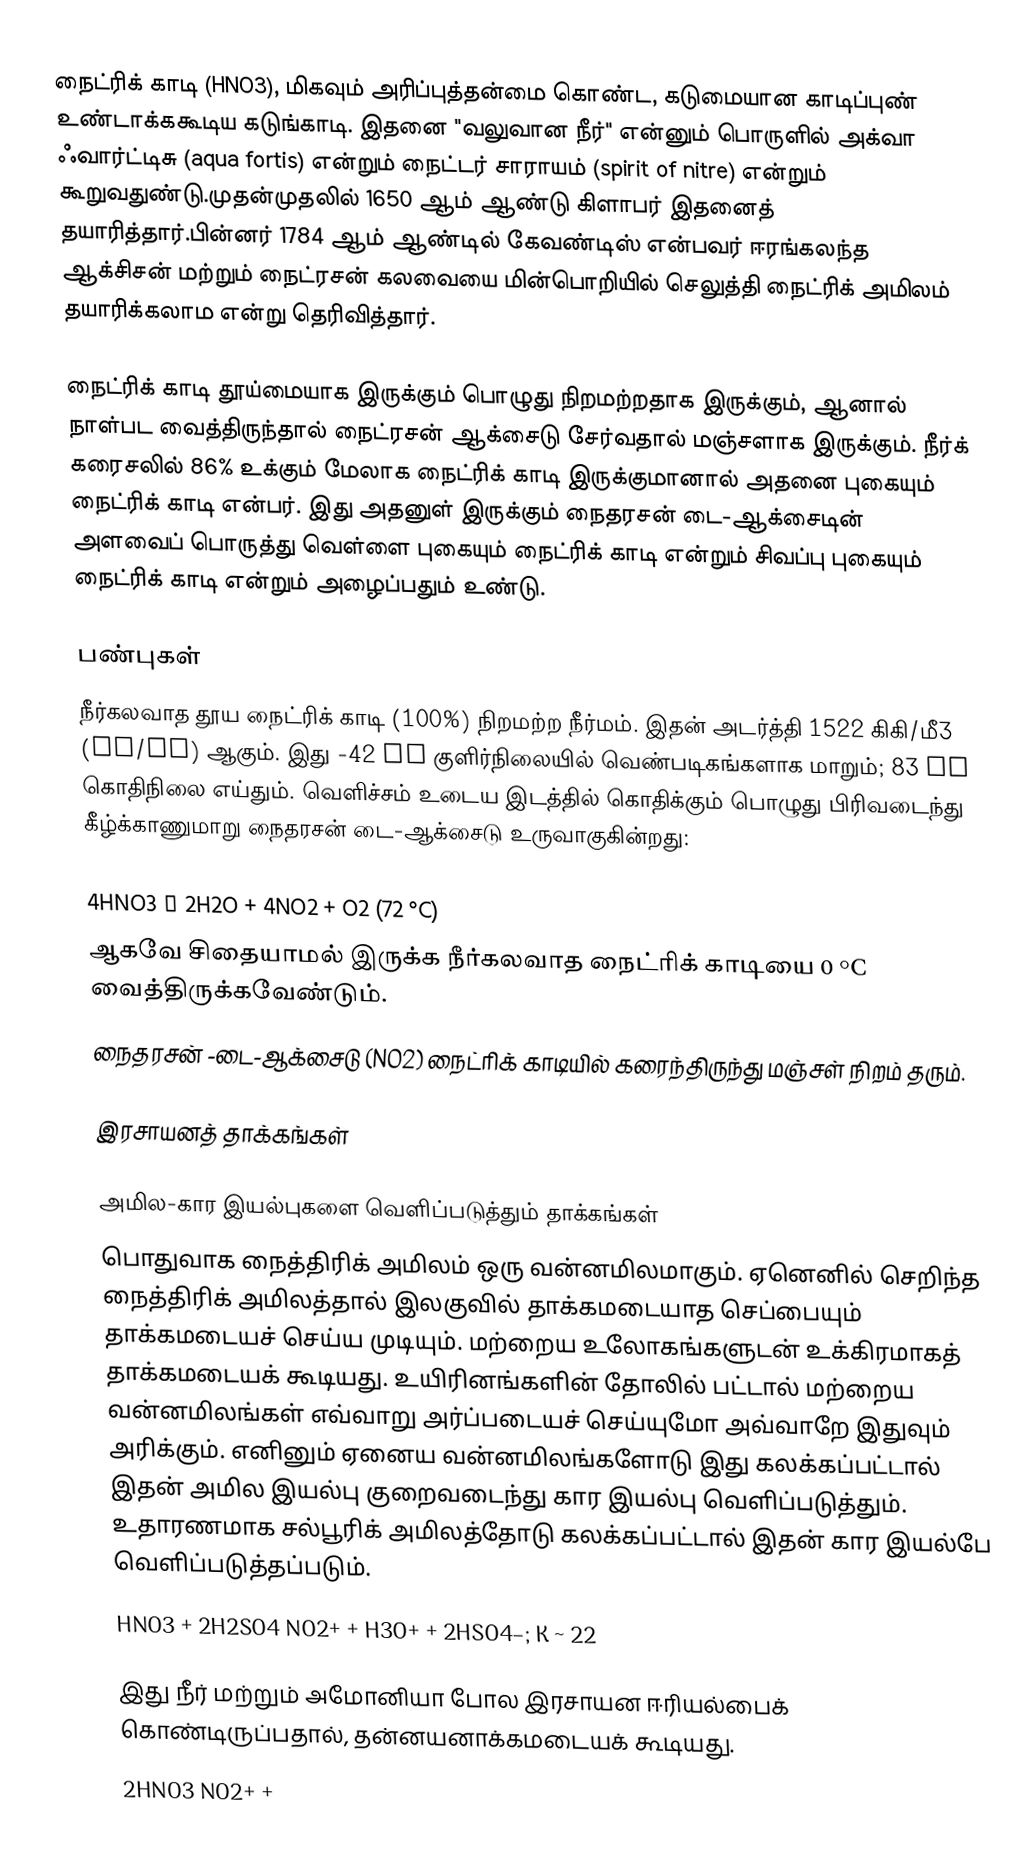
நைட்ரிக் காடி (HNO3), மிகவும் அரிப்புத்தன்மை கொண்ட, கடுமையான காடிப்புண் உண்டாக்ககூடிய கடுங்காடி. இதனை "வலுவான நீர்" என்னும் பொருளில் அக்வா ஃவார்ட்டிசு (aqua fortis) என்றும் நைட்டர் சாராயம் (spirit of nitre) என்றும் கூறுவதுண்டு.முதன்முதலில் 1650 ஆம் ஆண்டு கிளாபர் இதனைத் தயாரித்தார்.பின்னர் 1784 ஆம் ஆண்டில் கேவண்டிஸ் என்பவர் ஈரங்கலந்த ஆக்சிசன் மற்றும் நைட்ரசன் கலவையை மின்பொறியில் செலுத்தி நைட்ரிக் அமிலம் தயாரிக்கலாம என்று தெரிவித்தார்.

நைட்ரிக் காடி தூய்மையாக இருக்கும் பொழுது நிறமற்றதாக இருக்கும், ஆனால் நாள்பட வைத்திருந்தால் நைட்ரசன் ஆக்சைடு சேர்வதால் மஞ்சளாக இருக்கும். நீர்க் கரைசலில் 86% உக்கும் மேலாக நைட்ரிக் காடி இருக்குமானால் அதனை புகையும் நைட்ரிக் காடி என்பர். இது அதனுள் இருக்கும் நைதரசன் டை-ஆக்சைடின் அளவைப் பொருத்து வெள்ளை புகையும் நைட்ரிக் காடி என்றும் சிவப்பு புகையும் நைட்ரிக் காடி என்றும் அழைப்பதும் உண்டு.

பண்புகள்
நீர்கலவாத தூய நைட்ரிக் காடி (100%) நிறமற்ற நீர்மம். இதன் அடர்த்தி 1522 கிகி/மீ3 (kg/m³) ஆகும். இது -42 °C குளிர்நிலையில் வெண்படிகங்களாக மாறும்; 83 °C கொதிநிலை எய்தும். வெளிச்சம் உடைய இடத்தில் கொதிக்கும் பொழுது பிரிவடைந்து கீழ்க்காணுமாறு நைதரசன் டை-ஆக்சைடு உருவாகுகின்றது:

4HNO3 → 2H2O + 4NO2 + O2 (72 °C)
ஆகவே சிதையாமல் இருக்க நீர்கலவாத நைட்ரிக் காடியை 0 °C வைத்திருக்கவேண்டும்.
நைதரசன் -டை-ஆக்சைடு (NO2) நைட்ரிக் காடியில் கரைந்திருந்து மஞ்சள் நிறம் தரும்.

இரசாயனத் தாக்கங்கள்

அமில-கார இயல்புகளை வெளிப்படுத்தும் தாக்கங்கள்
பொதுவாக நைத்திரிக் அமிலம் ஒரு வன்னமிலமாகும். ஏனெனில் செறிந்த நைத்திரிக் அமிலத்தால் இலகுவில் தாக்கமடையாத செப்பையும் தாக்கமடையச் செய்ய முடியும். மற்றைய உலோகங்களுடன் உக்கிரமாகத் தாக்கமடையக் கூடியது. உயிரினங்களின் தோலில் பட்டால் மற்றைய வன்னமிலங்கள் எவ்வாறு அர்ப்படையச் செய்யுமோ அவ்வாறே இதுவும் அரிக்கும். எனினும் ஏனைய வன்னமிலங்களோடு இது கலக்கப்பட்டால் இதன் அமில இயல்பு குறைவடைந்து கார இயல்பு வெளிப்படுத்தும். உதாரணமாக சல்பூரிக் அமிலத்தோடு கலக்கப்பட்டால் இதன் கார இயல்பே வெளிப்படுத்தப்படும்.
HNO3 + 2H2SO4  NO2+ + H3O+ + 2HSO4–; K ~ 22

இது நீர் மற்றும் அமோனியா போல இரசாயன ஈரியல்பைக் கொண்டிருப்பதால், தன்னயனாக்கமடையக் கூடியது.
2HNO3  NO2+ +